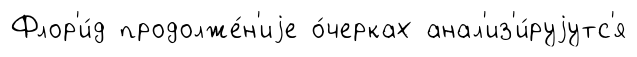
Флор'и́д продолже́н'иjе о́черках анал'из'и́руjутс'я